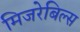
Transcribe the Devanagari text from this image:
मिजरेबिल्स